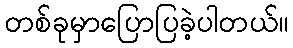
တစ်ခုမှာပြောပြခဲ့ပါတယ်။